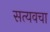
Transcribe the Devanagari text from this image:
सत्यवचा